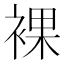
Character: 裸